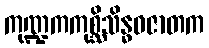
ကုဏ္ဍကကုစ္ဆိသိန္ဓဝဇာတက